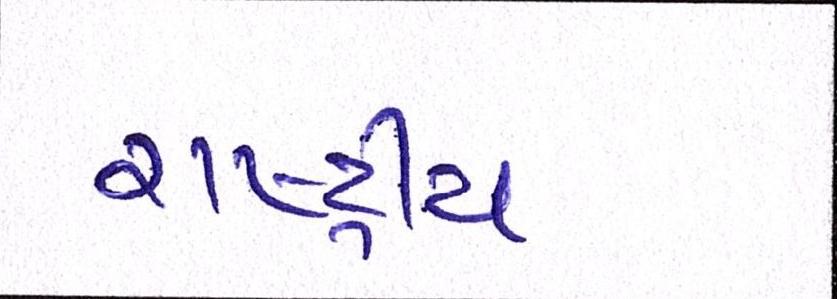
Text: રાષ્ટ્રીય